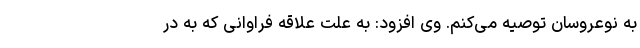
به نوعروسان توصیه می‌کنم. وی افزود: به علت علاقه فراوانی که به در